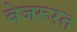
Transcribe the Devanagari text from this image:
बेजरूरत